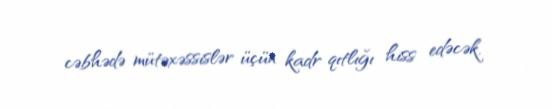
cəbhədə mütəxəssislər üçün kadr qıtlığı hiss edəcək.